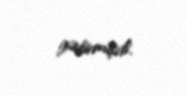
gətirmişdi.